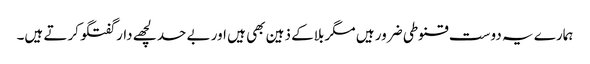
ہمارے یہ دوست قنوطی ضرور ہیں مگر بلاکے ذہین بھی ہیں اور بے حد لچھے دار گفتگو کرتے ہیں۔